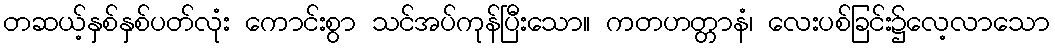
တဆယ့်နှစ်နှစ်ပတ်လုံး ကောင်းစွာ သင်အပ်ကုန်ပြီးသော။ ကတဟတ္တာနံ၊ လေးပစ်ခြင်း၌လေ့လာသော